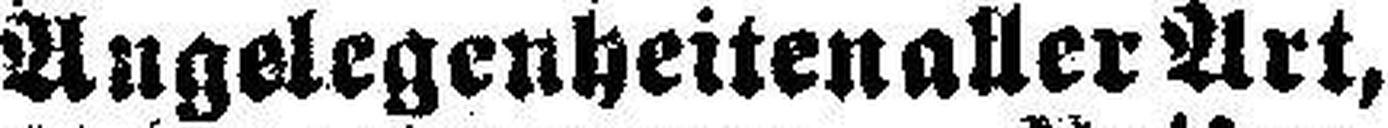
Angelegenheiten aller Art,